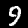
Label: 9